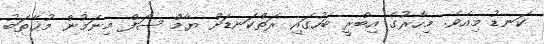
ކަނޑު މިއެވެ. މިހާރުގެ އިބްރީ ބަހުގައި ރަތްކަނޑަށް ޔާމް ސަފް މިނަމުން މުޚާތަބު